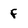
Character: f